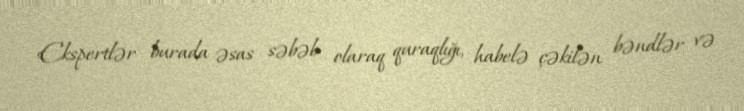
Ekspertlər burada əsas səbəb olaraq quraqlığı, habelə çəkilən bəndlər və